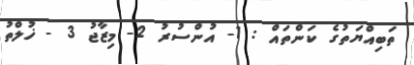
ތަބިއްޔަތުގެ ކަންތައް : 1- އުންސުރު 2- މިޒާޖު 3 - ޚުލްތު